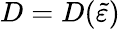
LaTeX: D=D(\widetilde{\varepsilon})